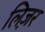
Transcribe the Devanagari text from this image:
लिज़र